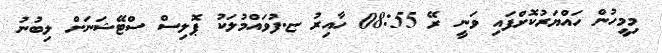
މިމީހުން ހައްޔަރުކޮށްފައި ވަނީ ރޭ 08:55 ހާއިރު ޏ.ފުވައްމުލަކު ޕޮލިސް ސްޓޭޝަނަށް ލިބުނު